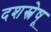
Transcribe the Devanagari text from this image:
दशस्त्रेषू